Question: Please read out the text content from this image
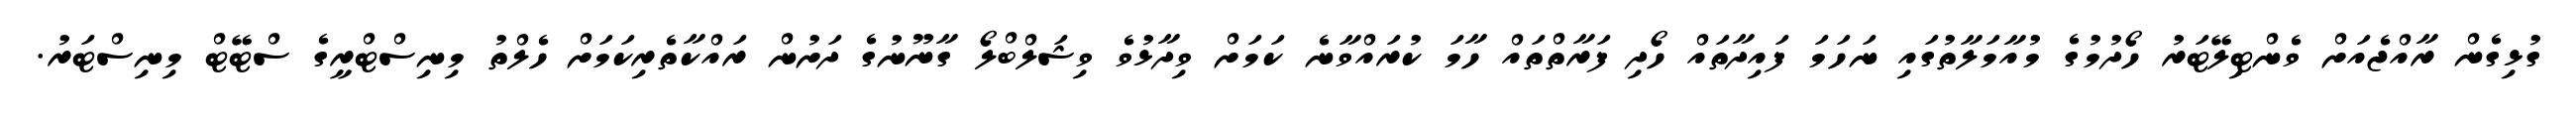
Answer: ގުޅިގެން ރާއްޖެއަށް ވެންޓިލޭޓަރު ހޯދުމުގެ މުއާމަލާތުގައި ނަހަމަ ފައިދާތައް ހޯދި ފަރާތްތައް ހާމަ ކުރައްވާނެ ކަމަށް ވިދާޅުވެ ވިޝަލްބްލޯ ގާނޫނުގެ ދަށުން ރައްކާތެރިކަމަށް ހެލްތު މިނިސްޓްރީގެ ސްޓޭޓް މިނިސްޓަރު.